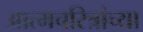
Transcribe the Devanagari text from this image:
आत्मचरित्रांच्या